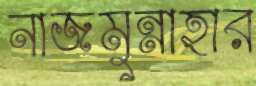
নাজমুন্নাহার